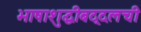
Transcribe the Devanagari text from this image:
भाषाशुद्धीबद्दलची